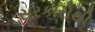
સરકારોથી